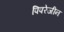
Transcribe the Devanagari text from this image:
पिपरेजीन